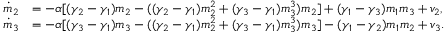
\begin{array} { r l } { \dot { m } _ { 2 } } & { = - \alpha [ ( \gamma _ { 2 } - \gamma _ { 1 } ) m _ { 2 } - ( ( \gamma _ { 2 } - \gamma _ { 1 } ) m _ { 2 } ^ { 2 } + ( \gamma _ { 3 } - \gamma _ { 1 } ) m _ { 3 } ^ { 3 } ) m _ { 2 } ] + ( \gamma _ { 1 } - \gamma _ { 3 } ) m _ { 1 } m _ { 3 } + v _ { 2 } , } \\ { \dot { m } _ { 3 } } & { = - \alpha [ ( \gamma _ { 3 } - \gamma _ { 1 } ) m _ { 3 } - ( ( \gamma _ { 2 } - \gamma _ { 1 } ) m _ { 2 } ^ { 2 } + ( \gamma _ { 3 } - \gamma _ { 1 } ) m _ { 3 } ^ { 3 } ) m _ { 3 } ] - ( \gamma _ { 1 } - \gamma _ { 2 } ) m _ { 1 } m _ { 2 } + v _ { 3 } . } \end{array}